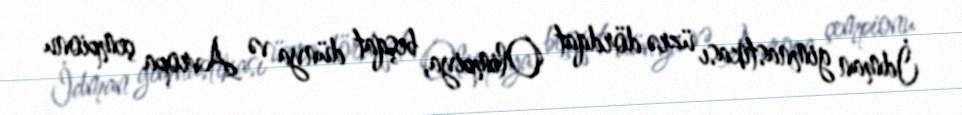
İdman gimnastikası üzrə dördqat Olimpiya, beşqat dünya və Avropa çempionu